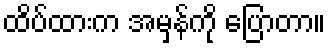
ထိပ်ထားက အမှန်ကို ပြောတာ။